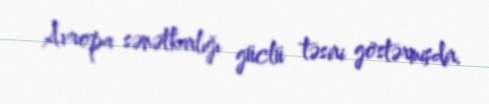
Avropa sənətkarlığı güclü təsiri göstərmişdir.